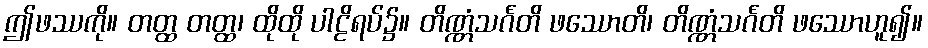
ဤဖဿကို။ တတ္ထ တတ္ထ၊ ထိုထို ပါဠိရပ်၌။ တိဏ္ဏံသင်္ဂတိ ဖဿောတိ၊ တိဏ္ဏံသင်္ဂတိ ဖဿောဟူ၍။